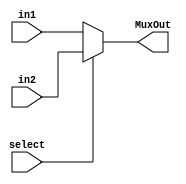
`timescale 1ns/1ns
module Mux2to1(input select, input [13:0]in1,in2, output [13:0]MuxOut);
  assign MuxOut = ~select ? in1 : in2;
endmodule